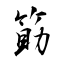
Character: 筯